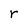
Character: r